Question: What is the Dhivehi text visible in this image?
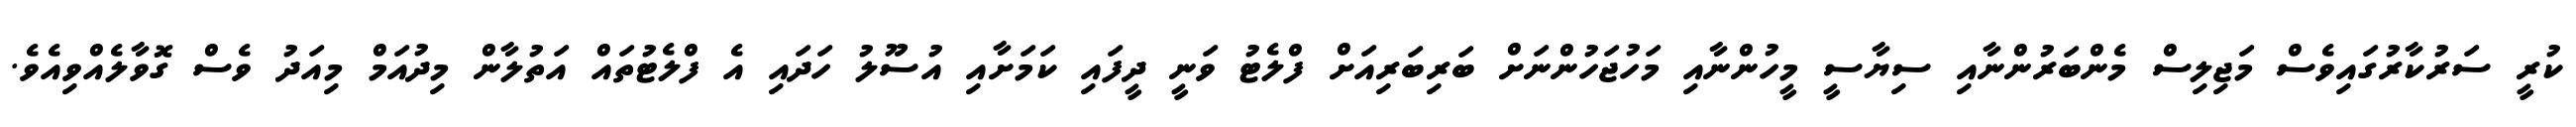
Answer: ކުރީ ސަރުކާރުގައިވެސް މަޖިލިސް މެންބަރުންނާއި ސިޔާސީ މީހުންނާއި މަހުޖަހުންނަށް ބަރިބަރިއަށް ފްލެޓު ވަނީ ދީފައި ކަމަށާއި އުސޫލު ހަދައި އެ ފްލެޓުތައް އަތުލާން މިދުއަމް މިއަދު ވެސް ގޮވާލެއްވިއެވެ.